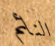
النائم